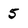
Character: 5